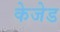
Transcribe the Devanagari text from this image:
केजेड